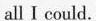
all I could.